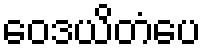
ဝေဒယိတံပေ